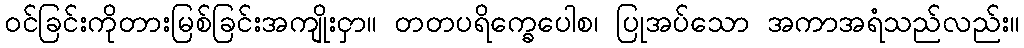
ဝင်ခြင်းကိုတားမြစ်ခြင်းအကျိုးငှာ။ တတပရိက္ခေပေါစ၊ ပြုအပ်သော အကာအရံသည်လည်း။